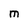
Character: M